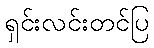
ရှင်းလင်းတင်ပြ